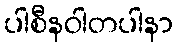
ပါစီနဝါတပါနာ